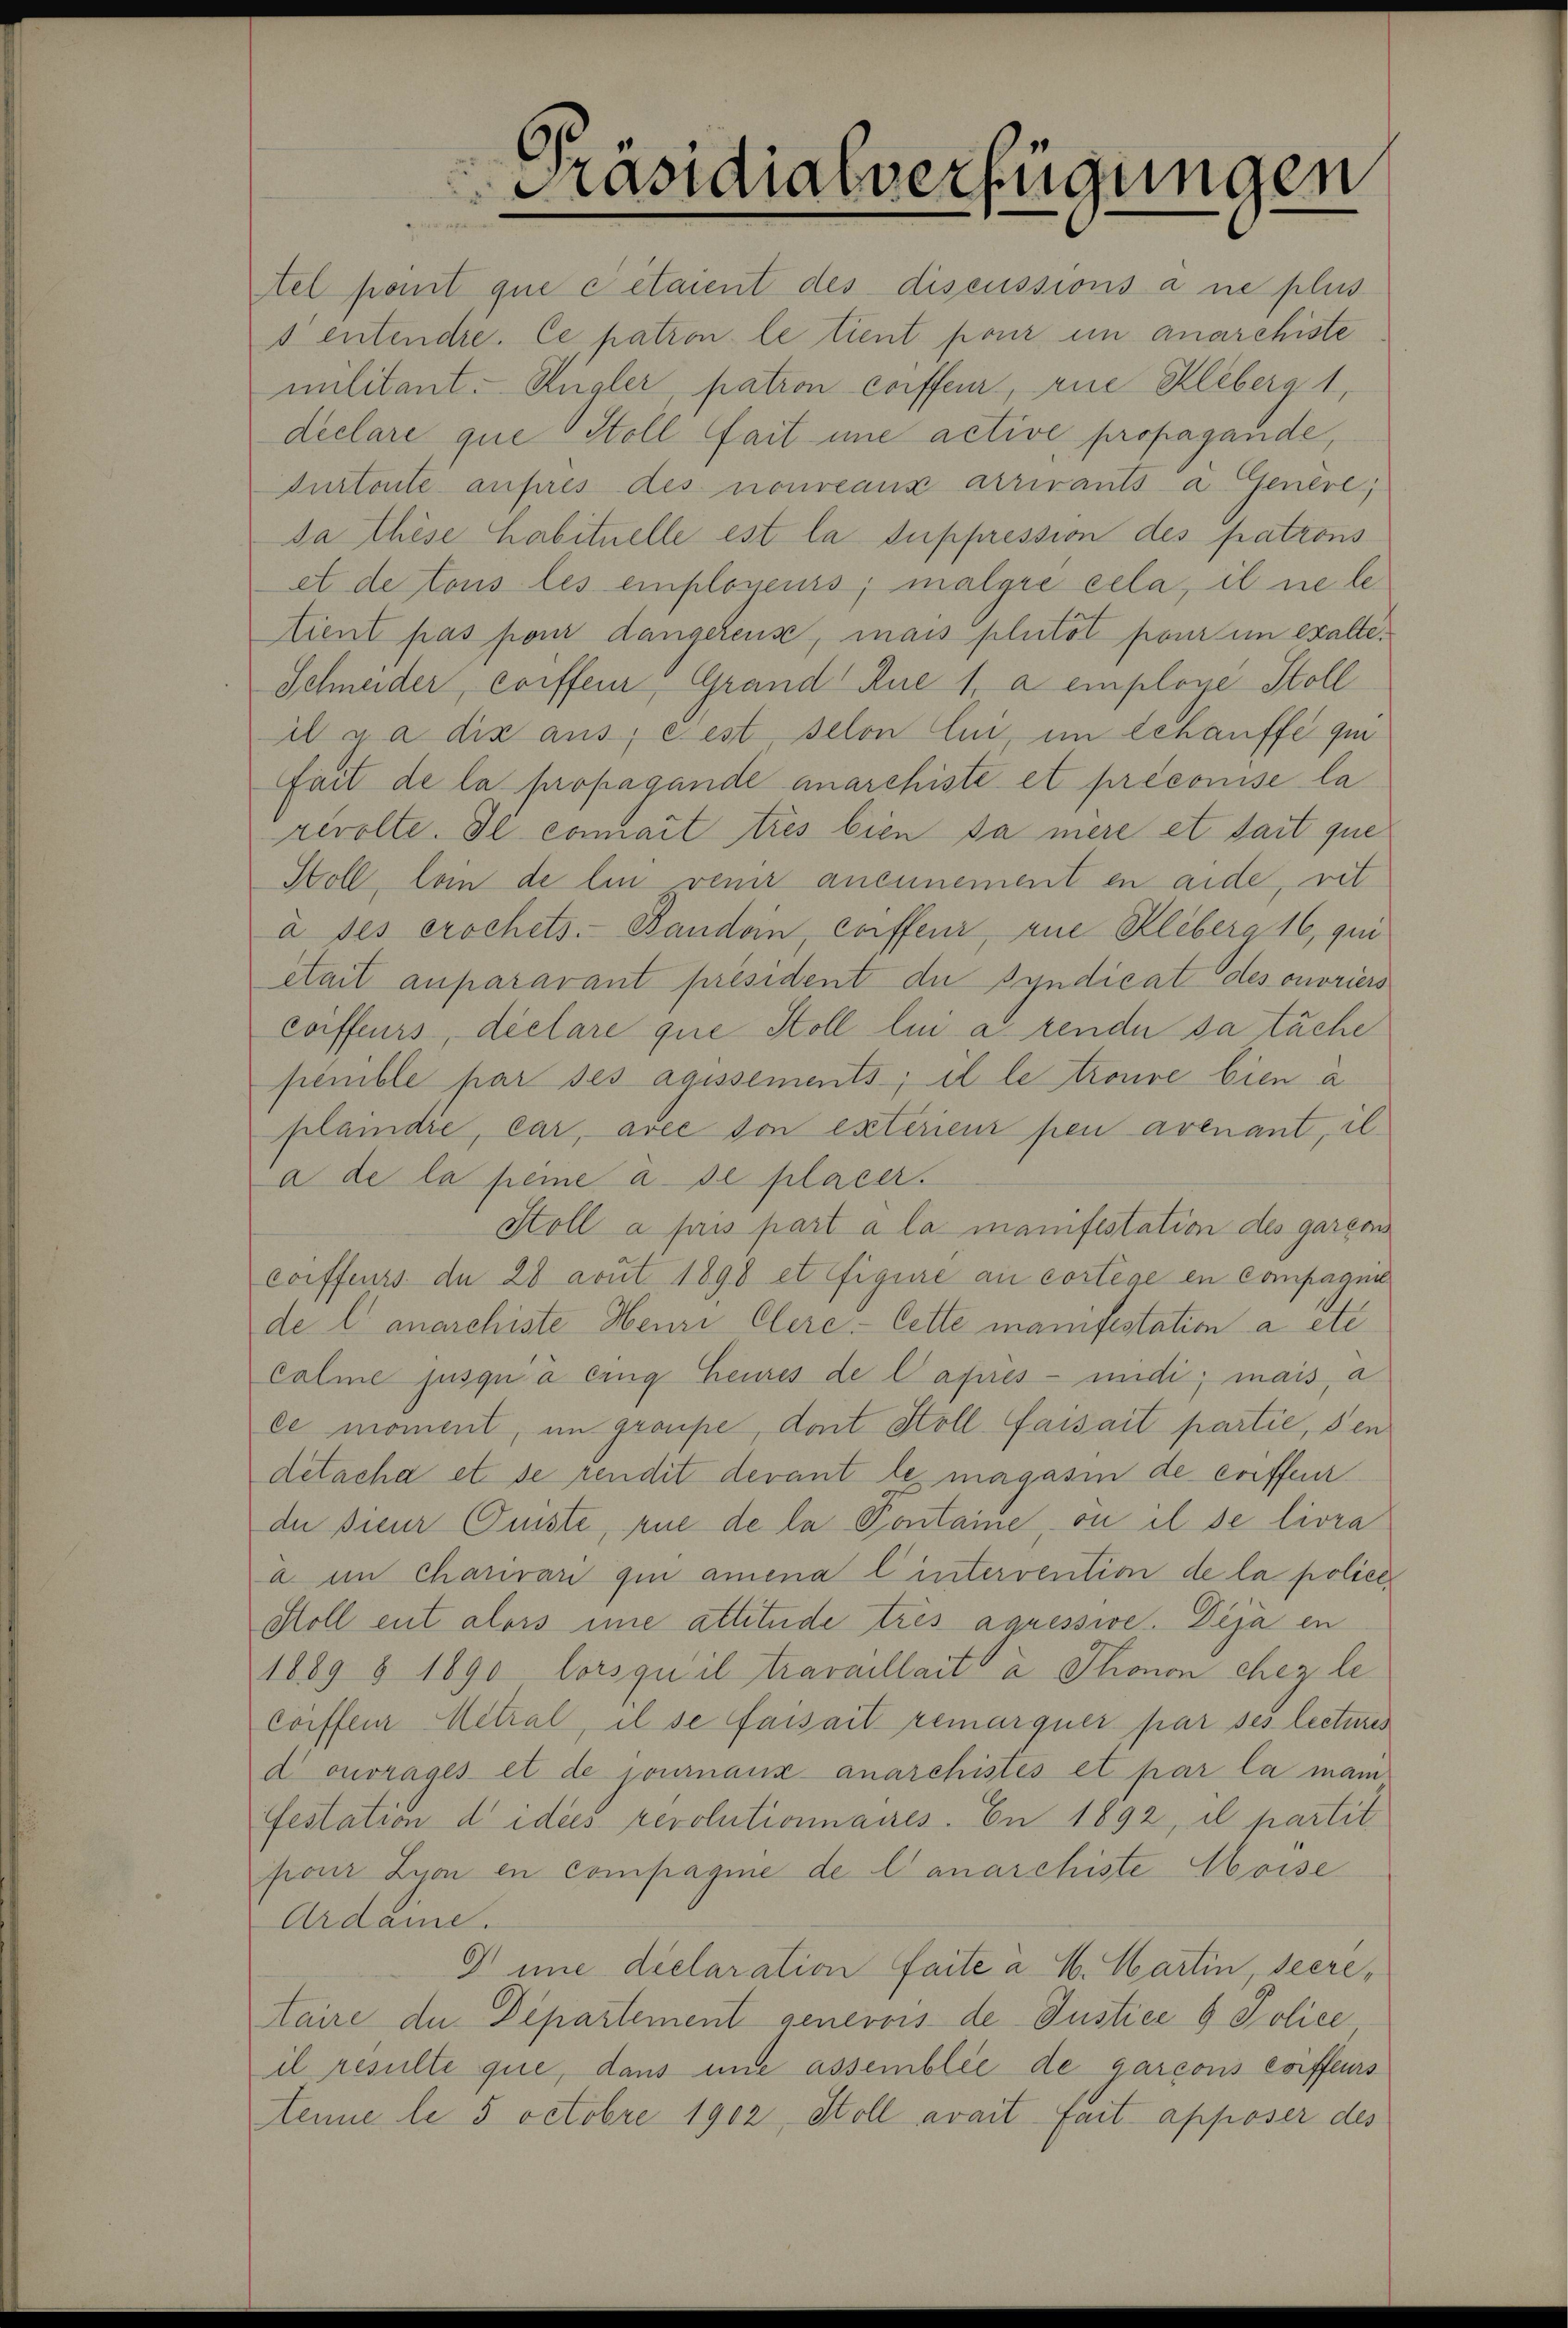
Präsidialverfügungen

tel point que citaient des discussions a ne plus
s entendre. Ce, patron le tient pour in anarchiste
militant. Kugler, patron corffeur, rie Kleberg 1,
declare que Stoll fait une active propagande,
Durtonte außeres des nouveaux arrivants a. Genere,
da thèse habituelle est la suppression des patrons
et de tous les employeurs; malgre cela, il ne le¬
Etient pas pour dangelens, mais plutot pour um exalte¬
Schneider, Coiffeur, Grand Rue 1. a employé Stoll
it ja dis aus; eest selon lui im Schauffe qui
Zait de la propagande anarchiste et précomise la
revolte. Il connait tres bien da mere et sait que
Stoll, Coin de lin venir aneinement en aide, rit
à ses erschets. Bandein, Coiffeur, ane Kliberg 16, qui
était anparavant président die Syndicat des onoriers
coiffeurs, déclare que Stoll lui a rende sa täche
penible par ses agissements; il le trouve bien a
plaindre, car, avec von extérieur pen avenant, il
a de la peine à se placer.
Stoll a pris part à la manifestation des garcon
corffeurs de 28 acut 1898 et figure au cortige en compagni
de lanarchiste Heuri Clere. Cette manifestation a etc.
Calme jusqu’à lang heures de lapres - indi; mais, a
ce moment, im groupe, dont Stoll faisait partie, den
detacha et se rendit devant le magasin de conffeur
da sieur Ciste, rue de la Pontaine, ou il se livra
a. im Charivari qui amena l intervention de la police¬
Htoll ent alors ime attitude trés agressive. Deja en
1889 § 1890 lorsquel travaillait à Thonon chez le
Coiffeur Metral, il se faisait remarquer par ses lectures
d ouvrages et de couranz anarchistes et par la main
festation d idees revolutionnaires. En 1892, il partit
poir Zuon en compagnie de Canarchiste Aboise
Ardaine.
G ime declaration faite à 4. Martin, secretaire de Departement genevois de Justice 9 Police
il resulte que, dans une assemblée de garcons corffeurs
enne le 5 octobre 1902, Stoll avait fait apposer des